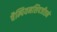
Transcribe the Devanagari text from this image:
चैम्पियनशिपजीतने